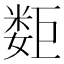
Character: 𰌕